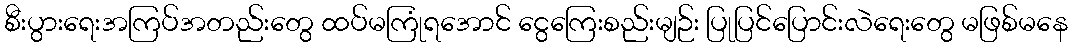
စီးပွားရေးအကြပ်အတည်းတွေ ထပ်မကြုံရအောင် ငွေကြေးစည်းမျဉ်း ပြုပြင်ပြောင်းလဲရေးတွေ မဖြစ်မနေ